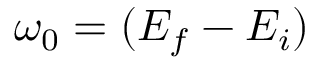
\omega _ { 0 } = ( E _ { f } - E _ { i } )